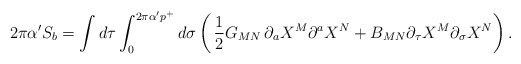
\begin{align*}2\pi\alpha^{\prime}S_b=\int d\tau\int_0^{2\pi\alpha^{\prime}p^+}d\sigma\left(\,{1\over 2}G_{MN}\,\partial_aX^M\partial^aX^N+B_{MN}\partial_{\tau}X^M\partial_{\sigma}X^N\right).\end{align*}